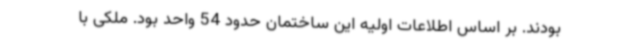
بودند. بر اساس اطلاعات اولیه این ساختمان حدود 54 واحد بود. ملکی با